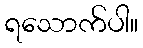
ရသောက်ပါ။